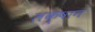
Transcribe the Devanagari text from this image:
लक्षान